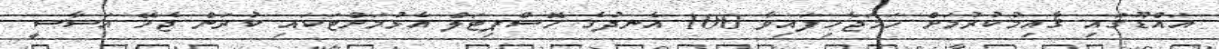
އައްޑޫގައި ޤާއިމުކުރުމަށް ހަމަޖެހިފައިވާ 100 އެނދުގެ ހޮސްޕިޓަލް އެޅުމަށްޓަކައި ކުރަން ޖެހޭ އަސާސީ